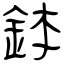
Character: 鉢